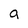
Character: a